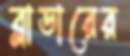
ব্লাডারের